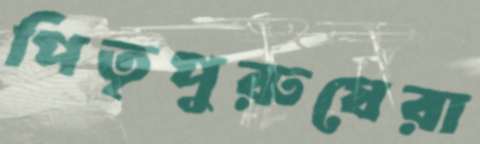
পিতৃপুরুষেরা